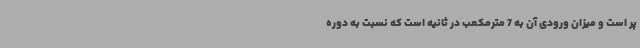
پر است و میزان ورودی آن به 7 مترمکعب در ثانیه است که نسبت به دوره